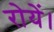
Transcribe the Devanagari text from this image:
रोयें।